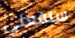
ستفعلي